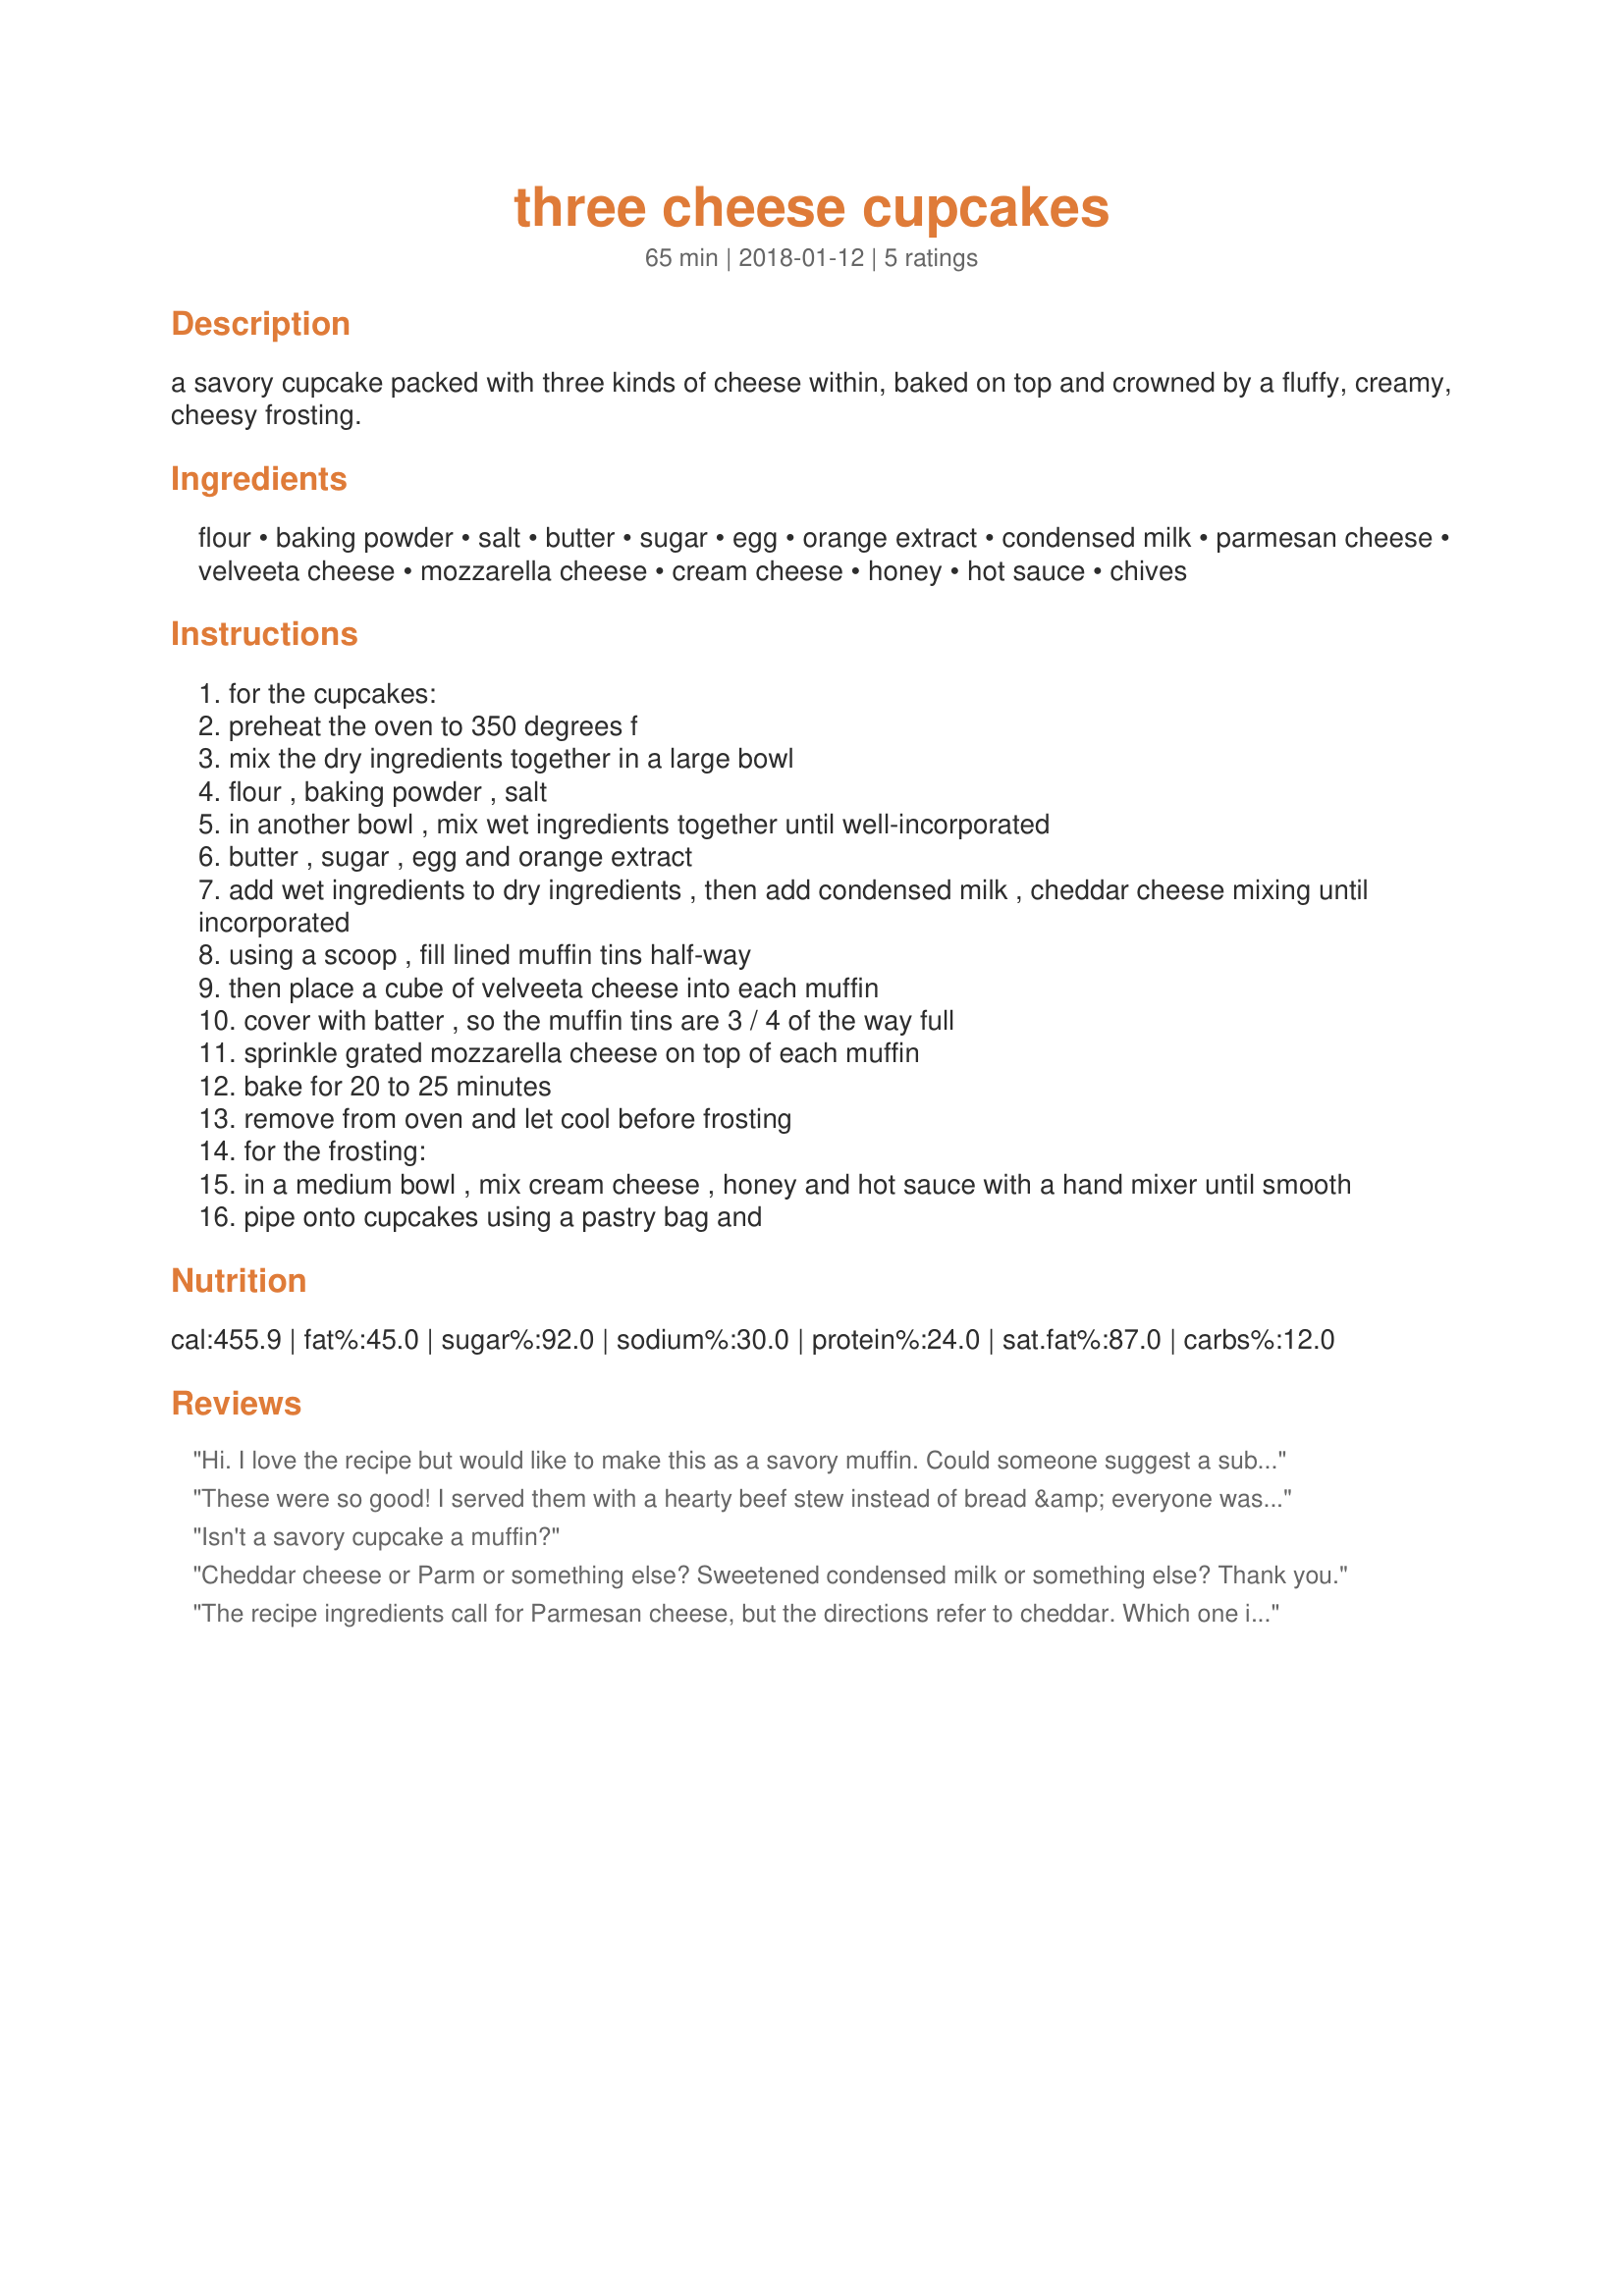
three cheese cupcakes
Preparation time: 65 minutes

a savory cupcake packed with three kinds of cheese within, baked on top and crowned by a fluffy, creamy, cheesy frosting.

Ingredients:
flour, baking powder, salt, butter, sugar, egg, orange extract, condensed milk, parmesan cheese, velveeta cheese, mozzarella cheese, cream cheese, honey, hot sauce, chives

Steps:
for the cupcakes:
preheat the oven to 350 degrees f
mix the dry ingredients together in a large bowl
flour , baking powder , salt
in another bowl , mix wet ingredients together until well-incorporated
butter , sugar , egg and orange extract
add wet ingredients to dry ingredients , then add condensed milk , cheddar cheese mixing until incorporated
using a scoop , fill lined muffin tins half-way
then place a cube of velveeta cheese into each muffin
cover with batter , so the muffin tins are 3 / 4 of the way full
sprinkle grated mozzarella cheese on top of each muffin
bake for 20 to 25 minutes
remove from oven and let cool before frosting
for the frosting:
in a medium bowl , mix cream cheese , honey and hot sauce with a hand mixer until smooth
pipe onto cupcakes using a pastry bag and

Reviews:
Hi. I love the recipe but would like to make this as a savory muffin. Could someone suggest a substitute for the condensed milk please? Would i need to add milk or cream with cornstarch as thickener?
These were so good! I served them with a hearty beef stew instead of bread &amp; everyone was impressed and loved the cakes. This recipe is a keeper!
Isn't a savory cupcake a muffin?
Cheddar cheese or Parm or something else? Sweetened condensed milk or something else? Thank you.
The recipe ingredients call for Parmesan cheese, but the directions refer to cheddar. Which one is intended?
